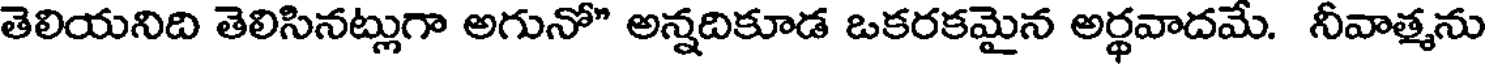
తెలియనిది తెలిసినట్లుగా అగునో" అన్నదికూడ ఒకరకమైన అర్థవాదమే. నీవాత్మను